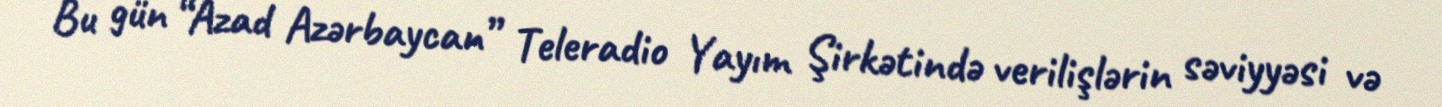
Bu gün “Azad Azərbaycan” Teleradio Yayım Şirkətində verilişlərin səviyyəsi və